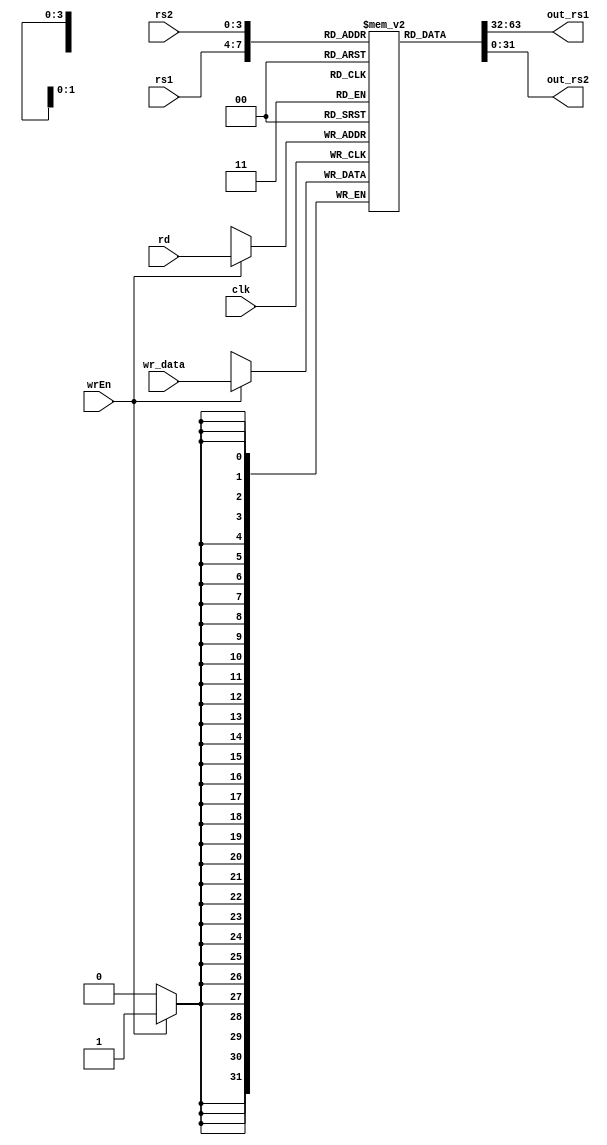
/* verilator lint_off DECLFILENAME */
/* verilator lint_off UNUSED */

module registerFile(

    input [3:0] rs1, 
    input [3:0] rs2,
    output [31:0] out_rs1,
    output [31:0] out_rs2,
    input wrEn,

    input clk,
    input [3:0] rd,
    input [31:0] wr_data
    );

    reg [31:0] register_file [15:0];
    assign out_rs1 = register_file[rs1];
    assign out_rs2 = register_file[rs2];

    always@(posedge clk)begin
        if(wrEn)begin
            register_file[rd] <= wr_data;
        end
    end

    initial begin
        register_file[0] = 0;
        register_file[1] = 0;
        register_file[2] = 0;
        register_file[3] = 0;
        register_file[4] = 0;
        register_file[5] = 0;
        register_file[6] = 0;
        register_file[7] = 0;
        register_file[8] = 0;
        register_file[9] = 0;
        register_file[10] = 0;
        register_file[11] = 0;
        register_file[12] = 0;
        register_file[13] = 0;
        register_file[14] = 0;
        register_file[15] = 0;
        
    end


endmodule

module alu(

    input [3:0] alu_op,
    input [31:0] op1, 
    input [31:0] op2,
    output [31:0] alu_out,

    output is_zero
    );

    wire [31:0] result_xor = op1 ^ op2;
    wire [31:0] result_sra = $signed(op1) >>> op2;
    wire [31:0] result_or = op1 | op2;
    wire [31:0] result_sll = op1 << op2;
    wire [31:0] result_add = op1 + op2;

    wire isXOR = alu_op == 4'b0011;
    wire isSRA = alu_op == 4'b1001;
    wire isOR  = alu_op == 4'b1000;
    wire isSLL = alu_op == 4'b0111;
    wire isADD = alu_op == 4'b1111;

    //wire [31:0] output =

    assign alu_out = 
    (isXOR ? result_xor : 32'b0)|
    (isSRA ? result_sra : 32'b0)|
    (isOR  ? result_or  : 32'b0)|
    (isSLL ? result_sll : 32'b0)|
    (isADD ? result_add : 32'b0);
    
    assign is_zero = ~|op1;

endmodule

module datapath(

    input wrEn,
    input [3:0] rs1,
    input [3:0] rs2,
    input [3:0] rd,
    input [31:0] alu_imm,
    input choose_alu_imm,
    input [3:0] alu_op,

    input clk,
    input update_1,
    input update_2,

    input [31:0] load_data,
    input choose_load_data,
    output [31:0] mem_address,
    output [31:0] write_data,

    input isBranch,
    output [31:0] nextPC,
    input [31:0] branch_imm,
    input [31:0] PC
);

    reg [31:0] op1;
    reg [31:0] op2;
    reg [31:0] writeback_buffer;
    reg [31:0] branch_imm_buffer;
    reg [31:0] PC_buffer;
    reg [31:0] new_PC_buffer;

    wire [31:0] out_rs1;
    wire [31:0] out_rs2;
    wire [31:0] op2_wire = choose_alu_imm ? alu_imm : out_rs2;
    wire [31:0] alu_result;
    wire is_zero;

    wire [31:0] link_address = PC_buffer + 32'h00000002;
    wire [31:0] branch_address = PC_buffer + branch_imm_buffer;

    wire [31:0] writeback_data = choose_load_data ? load_data : alu_result;
    wire [31:0] branch_result = is_zero ? link_address : branch_address;
    wire [31:0] new_PC = isBranch ? branch_result : link_address;

    registerFile datapath_register_file(
        .rs1(rs1),
        .rs2(rs2),
        .out_rs1(out_rs1),
        .out_rs2(out_rs2),
        .wrEn(wrEn),

        .clk(clk),
        .rd(rd),
        .wr_data(writeback_data)
    );

    alu datapath_alu(
        .alu_op(alu_op),
        .op1(op1),
        .op2(op2),
        .alu_out(alu_result),
        .is_zero(is_zero)
    );

    assign mem_address = alu_result;
    assign write_data = out_rs2;
    assign nextPC = new_PC; 

    always@(posedge clk)begin
        if(update_1)begin
            op1 <= out_rs1;
            op2 <= op2_wire;
            branch_imm_buffer <= branch_imm;
            PC_buffer <= PC;  
        end

        if(update_2)begin
            writeback_buffer <= writeback_data;
        end

        /* if(update_new_PC)begin
            new_PC_buffer <= newPC;
        end */
    end

endmodule

module controlStore(

    output wrEn,
    output [3:0] rs1,
    output [3:0] rs2,
    output [3:0] rd,
    output [31:0] alu_imm,
    output choose_alu_imm,
    output [3:0] alu_op,

    input clk,
    output update_1,
    output update_2,

    output choose_PC,//load instruction not data

    output is_branch,
    output choose_load_data,
    input [31:0] nextPC,//from data path

    output [31:0] branch_imm,
    output [31:0] current_PC,

    input reset,

    input [7:0] instByte,

    output write_back_mem

);

    reg [31:0] PC;
    reg [15:0] inst;
    reg [3:0] stateReg;

    wire [3:0] fetch_inst_1 = 4'd0;
    wire [3:0] fetch_inst_2 = 4'd1;
    wire [3:0] set_signals = 4'd2;
    wire [3:0] read_registers = 4'd3;
    wire [3:0] get_result = 4'd4;
    wire [3:0] write_back = 4'd5;
    wire [3:0] calc_new_PC = 4'd6;
    wire [3:0] buffer_request = 4'd7;
    wire [3:0] read_mem = 4'd8;
    wire [3:0] mem_write = 4'd9;

    wire isRegReg = inst[2:0] == 3'b010;
    wire isRegImm = inst[2:0] == 3'b110;
    wire isLoad = inst[2:0] == 3'b100;
    wire isStore = inst[2:0] == 3'b101;
    //wire isMove = inst[2:0] == 3'b111;

    wire isMemAccess = inst[2:1] == 2'b10;
    wire isBranch = inst[2:0] == 3'b011;
    wire isMemWrite = inst[0];
    wire isMove = inst[2:0] == 3'b111;
    wire isArithmatic = inst[1:0] == 2'b10;

    wire [31:0] negative = 32'hffffffff;
    wire [31:0] positive = 32'h00000000;

    wire [3:0] register1 = inst[15:12];
    wire [3:0] ALU_op = inst[11:8];
    wire [3:0] base_addr = inst[11:8];
    wire [3:0] register2 = inst[7:4];
    wire [31:0] immediate = {(inst[7] ? negative[31:4] : positive[31:4]), inst[6:3]};
    wire [31:0] branch_immediate = {(inst[11] ? negative[31:9] : positive[31:9]), inst[11:3]};

    assign rs1 = isMemAccess ? base_addr : (isMove ? register2 : register1);
    assign rs2 = isStore ? register1 : register2;
    assign rd = register1;
    assign alu_imm = (isMove? 32'h00000000 : immediate);
    assign choose_alu_imm = inst[2];
    assign alu_op = isArithmatic ? ALU_op : 4'b1111;
    assign branch_imm = branch_immediate;
    assign is_branch = isBranch;

    assign current_PC = PC;

    assign choose_PC = (stateReg == fetch_inst_1) || (stateReg == fetch_inst_2);

    assign choose_load_data = isMemAccess;

    assign update_1 = stateReg == read_registers;
    assign update_2 = stateReg == get_result;
    assign wrEn = stateReg == write_back;

    assign write_back_mem = stateReg == mem_write;

    always@(posedge clk)begin
        if(reset)begin
            PC <= 0;
            stateReg <= fetch_inst_1;

        end else if(stateReg == fetch_inst_1) begin
            inst <= {inst[15:8], instByte};
            stateReg <= fetch_inst_2;
            PC <= PC | 32'h00000001;

        end else if(stateReg == fetch_inst_2) begin
            inst <= {instByte, inst[7:0]};
            stateReg <= set_signals;

        end else if(stateReg == set_signals) begin
            stateReg <= read_registers;

        end else if(stateReg == read_registers) begin
            if(isMemAccess)begin
                stateReg <= buffer_request;
            end else begin
                stateReg <= get_result;
            end

        end else if(stateReg == get_result)begin
            if(isBranch) begin
                stateReg <= calc_new_PC;
            end else begin
                stateReg <= write_back;
            end

        end else if(stateReg == write_back)begin
            stateReg <= calc_new_PC;

        end else if(stateReg == buffer_request)begin
            if(isMemWrite) begin
                stateReg <= mem_write;
            end else begin
                stateReg <= read_mem;
            end

        end else if(stateReg == mem_write)begin
            stateReg <= calc_new_PC;

        end else if (stateReg == read_mem)begin
            stateReg <= get_result;

        end else if(stateReg == calc_new_PC)begin
            stateReg <= fetch_inst_1;
            PC <= nextPC;

        end

    end


endmodule

module cpu(
    input clk,
    input reset,

    output [31:0] PC_out,

    input [7:0] read_data,
    output [7:0] write_data_mem,
    output [31:0] address,

    output writeBack
);

    wire wrEn;
    wire [3:0] rs1;
    wire [3:0] rs2;
    wire [3:0] rd;
    wire [31:0] alu_imm;
    wire choose_alu_imm;
    wire [3:0] alu_op;

    wire update_1;
    wire update_2;

    wire [31:0] load_data = {24'h000, read_data};
    wire choose_load_data;
    wire [31:0] mem_address;
    wire [31:0] write_data;

    wire isBranch;
    wire [31:0] nextPC;
    wire [31:0] branch_imm;
    wire [31:0] PC;

    datapath datapath(
        .wrEn(wrEn),
        .rs1(rs1),
        .rs2(rs2),
        .rd(rd),
        .alu_imm(alu_imm),
        .choose_alu_imm(choose_alu_imm),
        .alu_op(alu_op),

        .clk(clk),
        .update_1(update_1),
        .update_2(update_2),

        .load_data(load_data),
        .choose_load_data(choose_load_data),
        .mem_address(mem_address),
        .write_data(write_data),

        .isBranch(isBranch),
        .nextPC(nextPC),
        .branch_imm(branch_imm),
        .PC(PC & 32'hfffffffe)
    );

    wire choose_PC;
    wire write_back_mem;

    controlStore controlStore(
        .wrEn(wrEn),
        .rs1(rs1),
        .rs2(rs2),
        .rd(rd),
        .alu_imm(alu_imm),
        .choose_alu_imm(choose_alu_imm),
        .alu_op(alu_op),
        .clk(clk),

        .update_1(update_1),
        .update_2(update_2),

        .choose_PC(choose_PC),//load instruction not data

        .is_branch(isBranch),
        .choose_load_data(choose_load_data),
        .nextPC(nextPC),//from data path
        .branch_imm(branch_imm),
        .current_PC(PC),

        .reset(reset),

        .instByte(read_data),

        .write_back_mem(write_back_mem)
    );

    assign address = choose_PC ? PC : mem_address;
    assign write_data_mem = write_data[7:0];

    assign writeBack = write_back_mem;

    assign PC_out = PC & 32'hfffffffe;

endmodule

module testbench(
    output [31:0] writeAddress,
    output [7:0] writeData,
    output wrEnMem,

    input startProgram,
    input [31:0] programAddress,
    input [7:0] programByte,
    input programWrEn,

    output [31:0] PC_out,

    output decimated_out,

    input reset,
    input clk
);

    wire [7:0] write_data_mem;
    reg [7:0] memory [1048576:0];
    wire [31:0] address;

    reg filtered;
    reg beginWriteToFile = 0;
    wire writeBack;
    integer fr;
    integer coutVal = 0;
    integer fileWriteStartAddress = 256;
    
    initial begin
        fr = $fopen("decimatedImage.txt","w");
    end

    cpu cpu(
        .reset(reset),
        .clk(clk),

        .read_data(memory[address]),
        .address(address),

        .writeBack(writeBack),
        .write_data_mem(write_data_mem),

        .PC_out(PC_out)
    );

    always@(posedge clk)begin
        if(reset)begin
            filtered <= 1'b0;
        end else if(writeBack & address == 32'h000000ff)begin
            filtered <= ~filtered;
        end
        if(!startProgram)begin
            if(programWrEn)begin
                memory[programAddress] <= programByte;
            end
        end else begin
            if(writeBack)begin
                memory[address] <= write_data_mem;
            end
        end
    end

    always @(posedge clk) begin
        if(PC_out == 32'b00000000000000000000000011001010) begin
            beginWriteToFile <=1;
            $fclose(fr);
            $finish;
        end

        if(wrEnMem == 1 && decimated_out == 1)begin
            $fwrite(fr,"%d\n", writeData);
            coutVal <= coutVal + 1;
            //fileWriteStartAddress <= fileWriteStartAddress + 1;
        end

        /* if(coutVal == 9)begin
            
        end */
    end

    assign writeAddress = address;
    assign wrEnMem = writeBack;
    assign writeData = write_data_mem;

    assign decimated_out = filtered;

endmodule